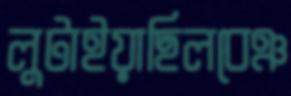
লুটাইয়াছিলবেঞ